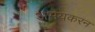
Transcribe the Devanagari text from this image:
अभयकरन